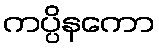
ကပ္ပိနကော